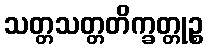
သတ္တသတ္တတိက္ခတ္တုဉ္စ